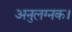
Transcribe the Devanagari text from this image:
अनुलग्नक।